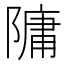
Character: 䧡